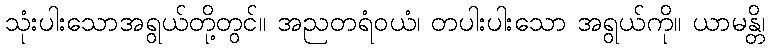
သုံးပါးသောအရွယ်တို့တွင်။ အညတရံဝယံ၊ တပါးပါးသော အရွယ်ကို။ ယာမန္တိ၊